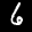
Label: 6